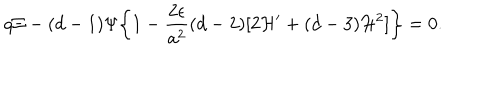
q \Xi - ( d - 1 ) \Psi \biggl \{ 1 - \frac { 2 \epsilon } { a ^ { 2 } } ( d - 2 ) [ 2 { \cal H } ^ { \prime } + ( d - 3 ) { \cal H } ^ { 2 } ] \biggr \} = 0 .